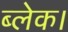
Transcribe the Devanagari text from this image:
ब्लेक।